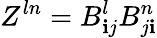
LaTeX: Z^{ln}=B_{\mathbf{i}j}^{l}B_{j\mathbf{i}}^{n}